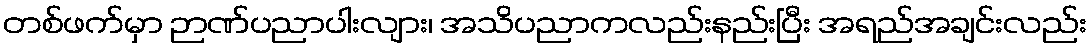
တစ်ဖက်မှာ ဉာဏ်ပညာပါးလျား၊ အသိပညာကလည်းနည်းပြီး အရည်အချင်းလည်း